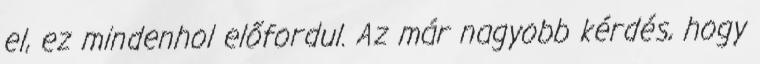
el, ez mindenhol előfordul. Az már nagyobb kérdés, hogy